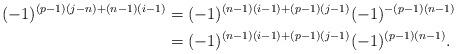
LaTeX: \begin{align*}(-1)^{(p-1)(j-n)+(n-1)(i-1)}&=(-1)^{(n-1)(i-1)+(p-1)(j-1)}(-1)^{-(p-1)(n-1)}\\ &=(-1)^{(n-1)(i-1)+(p-1)(j-1)}(-1)^{(p-1)(n-1)}. \end{align*}